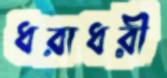
ধরাধরী